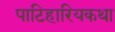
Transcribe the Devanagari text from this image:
पाटिहारियकथा